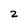
Character: 2